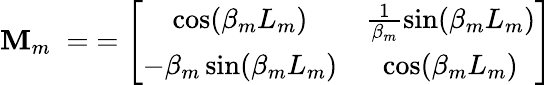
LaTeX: \texttt{\textbf{M}}_{m}\; =\; =\left[\begin{array}{cc}{\cos(\beta_{m}L_{m})}&{\frac{1}{\beta_{m}}\sin(\beta_{m}L_{m})}\\ {-\beta_{m}\sin(\beta_{m}L_{m})}&{\cos(\beta_{m}L_{m})}\end{array}\right]